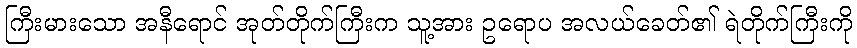
ကြီးမားသော အနီရောင် အုတ်တိုက်ကြီးက သူ့အား ဥရောပ အလယ်ခေတ်၏ ရဲတိုက်ကြီးကို